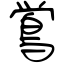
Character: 鴬